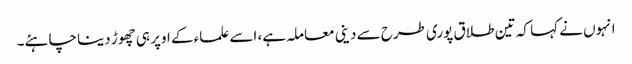
انہوں نے کہا کہ تین طلاق پوری طرح سے دینی معاملہ ہے، اسے علماء کے اوپر ہی چھوڑ دینا چاہئے۔